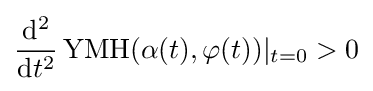
{\frac {\mathrm {d} ^{2}}{\mathrm {d} t^{2}}}\operatorname {YMH} (\alpha (t),\varphi (t))\vert _{t=0}>0